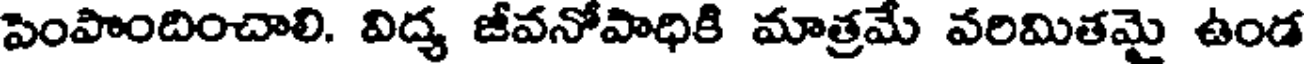
పెంపొందించాలి. విద్య జీవనోపాధికి మాత్రమే వరిమితమై ఉండ